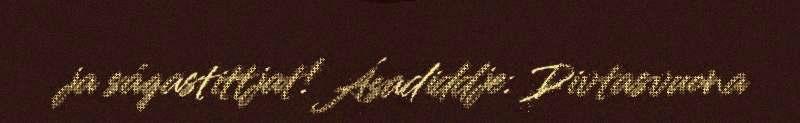
ja ságastittjat! Ásadiddje: Divtasvuona